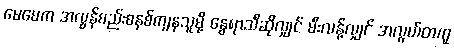
မေမေက အလွန်စည်းစနစ်ကျနသူမို့ နွေရာသီဆိုလျှင် မီးလန့်လျှင် အလွယ်တကူ